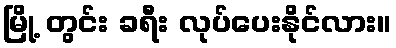
မြို့ တွင်း ခရီး လုပ်ပေးနိုင်လား။